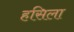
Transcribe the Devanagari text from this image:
हसिला